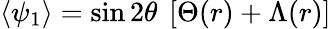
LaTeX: \langle\psi_{1}\rangle=\sin 2\theta~\left[\Theta(r)+\Lambda(r)\right]